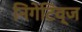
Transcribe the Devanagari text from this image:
निगेटिव्ज